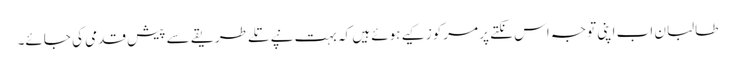
طالبان اب اپنی توجہ اس نکتے پر مرکوز کیے ہوئے ہیں کہ بہت نپے تلے طریقے سے پیش قدمی کی جائے۔